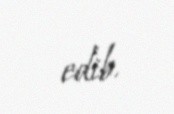
edib.